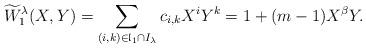
LaTeX: \begin{align*} \widetilde{W}_1 ^{\lambda}(X,Y)=\sum_{(i,k) \in \mathfrak{l}_1 \cap{I}_{\lambda}} c_{i,k} X^i Y^k= 1+(m-1)X^{ \beta}Y.\end{align*}